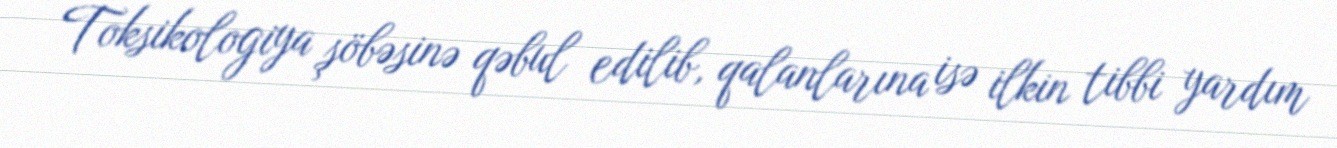
Toksikologiya şöbəsinə qəbul edilib, qalanlarına isə ilkin tibbi yardım